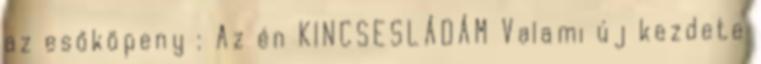
az esőköpeny : Az én KINCSESLÁDÁM Valami új kezdete